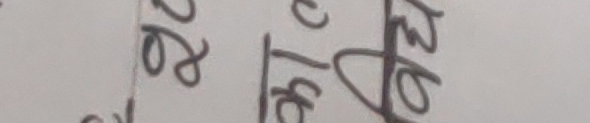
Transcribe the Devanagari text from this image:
२०१६ पुस